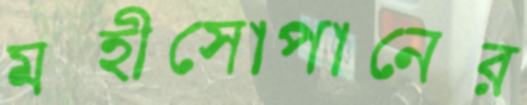
মহীসোপানের